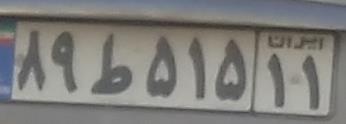
۸۹ط۵۱۵۱۱